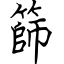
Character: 篩